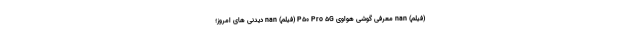
(فیلم) nan معرفی گوشی هواوی P50 Pro 5G (فیلم) nan دیدنی های امروز؛